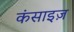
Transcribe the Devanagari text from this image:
कंसाइज़